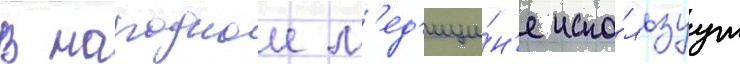
В народнои м'ед'ици́н'е испо́льзуут